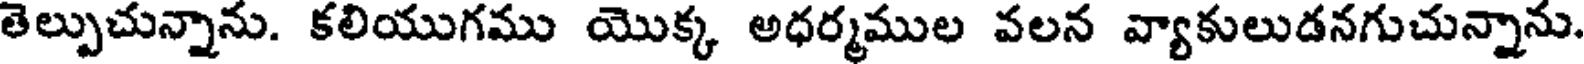
తెల్పుచున్నాను. కలియుగము యొక్క అధర్మముల వలన వ్యాకులుడనగుచున్నాను.